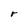
Character: r